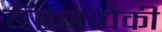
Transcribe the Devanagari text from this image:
बॅरनांपैकी